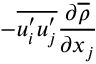
- \overline { { u _ { i } ^ { \prime } u _ { j } ^ { \prime } } } \frac { \partial \overline { { \rho } } } { \partial x _ { j } }